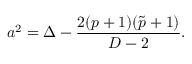
a ^ { 2 } = \Delta - { \frac { 2 ( p + 1 ) ( \tilde { p } + 1 ) } { D - 2 } } .